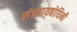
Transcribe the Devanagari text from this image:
संप्रदायबोधिनी